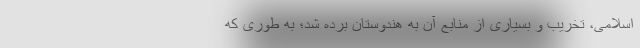
اسلامی، تخریب و بسیاری از منابع آن به هندوستان برده شد؛ به طوری که